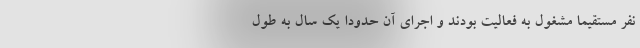
نفر مستقیما مشغول به فعالیت بودند و اجرای آن حدودا یک سال به طول